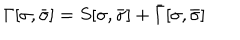
LaTeX: \Gamma [ \sigma , \bar { \sigma } ] = S [ \sigma , \bar { \sigma } ] + \bar { \Gamma } [ \sigma , \bar { \sigma } ]